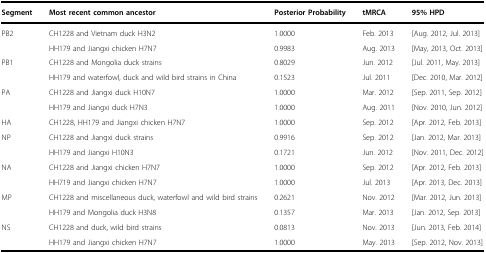
<table><thead><tr><td><b>Segment</b></td><td><b>Most recent common ancestor</b></td><td><b>Posterior Probability</b></td><td><b>tMRCA</b></td><td><b>95% HPD</b></td></tr></thead><tbody><tr><td rowspan="2">PB2</td><td>CH1228 and Vietnam duck H3N2</td><td>1.0000</td><td>Feb. 2013</td><td>[Aug. 2012, Jul. 2013]</td></tr><tr><td>HH179 and Jiangxi chicken H7N7</td><td>0.9983</td><td>Aug. 2013</td><td>[May, 2013, Oct. 2013]</td></tr><tr><td rowspan="2">PB1</td><td>CH1228 and Mongolia duck strains</td><td>0.8029</td><td>Jun. 2012</td><td>[Jul. 2011, May. 2013]</td></tr><tr><td>HH179 and waterfowl, duck and wild bird strains in China</td><td>0.1523</td><td>Jul. 2011</td><td>[Dec. 2010, Mar. 2012]</td></tr><tr><td rowspan="2">PA</td><td>CH1228 and Jiangxi duck H10N7</td><td>1.0000</td><td>Mar. 2012</td><td>[Sep. 2011, Sep. 2012]</td></tr><tr><td>HH179 and Jiangxi duck H7N3</td><td>1.0000</td><td>Aug. 2011</td><td>[Nov. 2010, Jun. 2012]</td></tr><tr><td>HA</td><td>CH1228, HH179 and Jiangxi chicken H7N7</td><td>1.0000</td><td>Sep. 2012</td><td>[Apr. 2012, Feb. 2013]</td></tr><tr><td rowspan="2">NP</td><td>CH1228 and Jiangxi duck strains</td><td>0.9916</td><td>Sep. 2012</td><td>[Jan. 2012, Mar. 2013]</td></tr><tr><td>HH179 and Jiangxi H10N3</td><td>0.1721</td><td>Jun. 2012</td><td>[Nov. 2011, Dec. 2012]</td></tr><tr><td rowspan="2">NA</td><td>CH1228 and Jiangxi chicken H7N7</td><td>1.0000</td><td>Sep. 2012</td><td>[Apr. 2012, Feb. 2013]</td></tr><tr><td>HH719 and Jiangxi chicken H7N7</td><td>1.0000</td><td>Jul. 2013</td><td>[Apr. 2013, Dec. 2013]</td></tr><tr><td rowspan="2">MP</td><td>CH1228 and miscellaneous duck, waterfowl and wild bird strains</td><td>0.2621</td><td>Nov. 2012</td><td>[Mar. 2012, Jun. 2013]</td></tr><tr><td>HH179 and Mongolia duck H3N8</td><td>0.1357</td><td>Mar. 2013</td><td>[Jan. 2012, Sep. 2013]</td></tr><tr><td rowspan="2">NS</td><td>CH1228 and duck, wild bird strains</td><td>0.0813</td><td>Nov. 2013</td><td>[Jun. 2013, Feb. 2014]</td></tr><tr><td>HH179 and Jiangxi chicken H7N7</td><td>1.0000</td><td>May. 2013</td><td>[Sep. 2012, Nov. 2013]</td></tr></tbody></table>